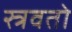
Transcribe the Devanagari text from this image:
स्त्रवतो